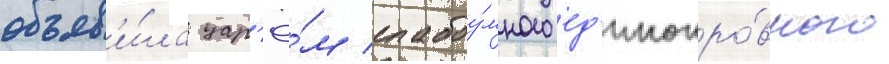
объяв'и́ла цар'ё́м слабоу́много ед'инокро́вного